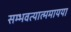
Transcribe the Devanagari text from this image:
सम्भवत्यात्ममायया